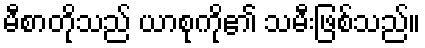
မီစာတိုသည် ယာစုကို၏ သမီးဖြစ်သည်။